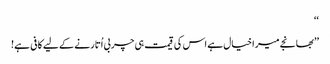
‘‘
’’بھانجے میرا خیال ہے اس کی قیمت ہی چربی اُتارنے کے لیے کافی ہے!